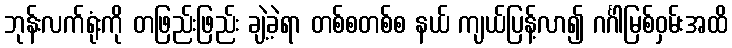
ဘုန်းလက်ရုံးကို တဖြည်းဖြည်း ချဲ့ခဲ့ရာ တစ်စတစ်စ နယ် ကျယ်ပြန့်လာ၍ ဂင်္ဂါမြစ်ဝှမ်းအထိ